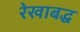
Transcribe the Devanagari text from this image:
रेखाबद्ध